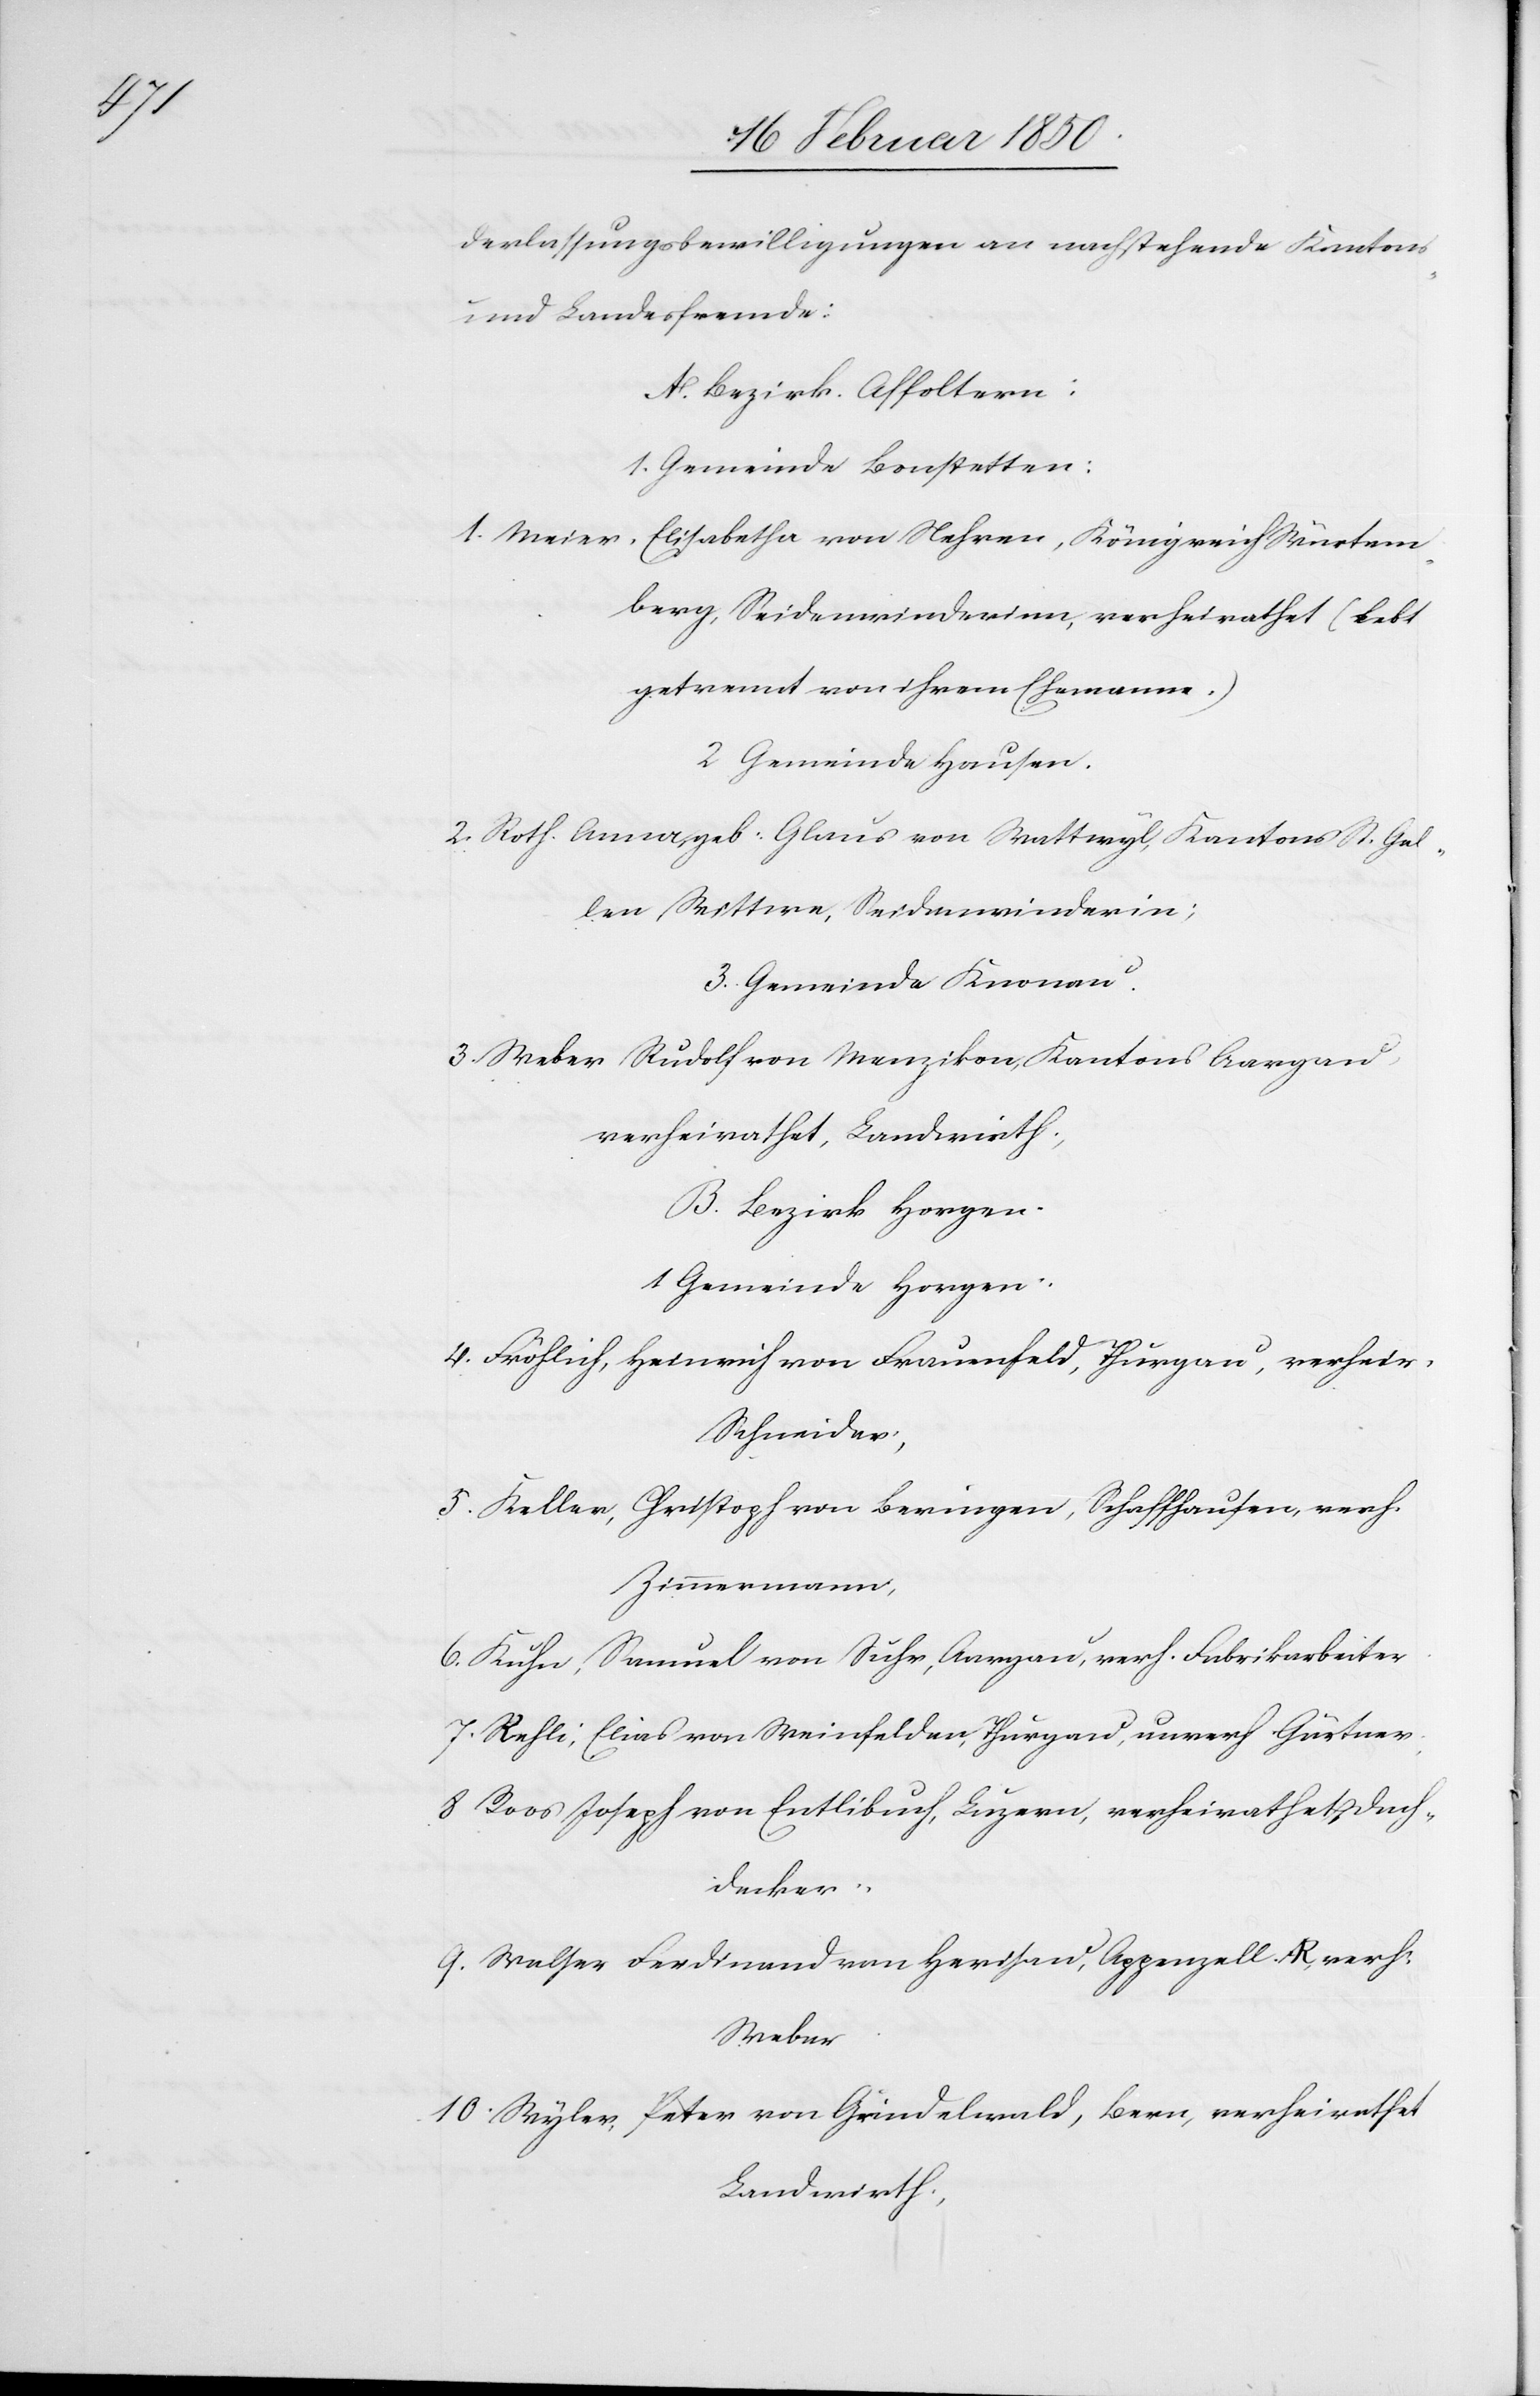
derlassungsbewilligungen an nachstehende Kantons-
und Landesfremde:
A. Bezirk. Affoltern:
1. Gemeinde Bonstetten:
1. Meier, Elisabetha von Nehren, Königreich Würtem¬
berg, Seidenwinderinn, verheirathet (lebt
getrennt von ihrem Ehemanne.)
2 Gemeinde Hausen.
2. Roth Anna, geb: Glaus von Wattwyl, Kantons St. Gal¬
len Wittwe, Seidenwinderin;
3. Gemeinde Knonau.
3. Weber Rudolf von Menzikon, Kantons Aargau,
verheirathet, Landwirt;
B. Bezirk Horgen.
1 Gemeinde Horgen:
4. Fröhlich, Heinrich von Frauenfeld, Thurgau, verheir,
Schneider;
5. Keller, Christoph von Beringen, Schaffhausen, verh.
Zimmermann,
6. Kuhn, Samuel von Suhr, Aargau, verh. Fabrikarbeiter
7. Rehli, Elias von Weinfelden, Thurgau, unverh Gärtner
8 Roos Joseph von Entlisbuch, Luzern, verheirathet, Dach¬
decker;
9. Walser Ferdinand von Herisau, Appenzell A R, verh.
Weber
10. Wyler, Peter von Grindelwald, Bern, verheirathet
Landwirth;